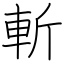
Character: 斬